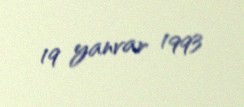
19 yanvar 1993